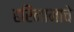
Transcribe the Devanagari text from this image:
हरिनामाचे